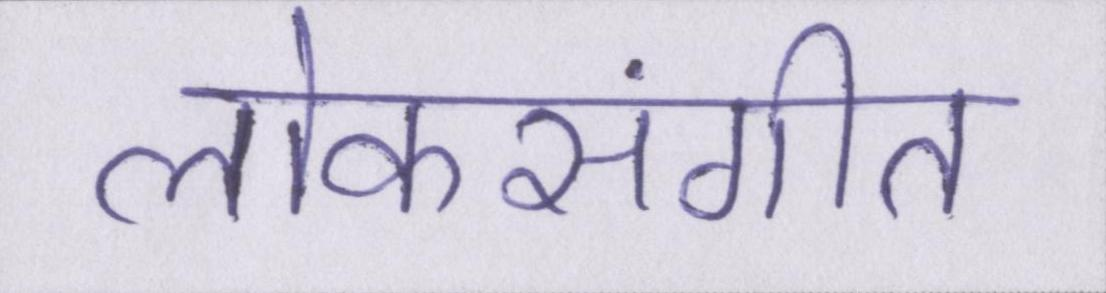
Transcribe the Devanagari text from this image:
लोकसंगीत